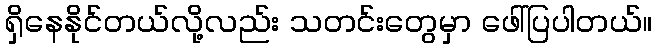
ရှိနေနိုင်တယ်လို့လည်း သတင်းတွေမှာ ဖေါ်ပြပါတယ်။